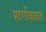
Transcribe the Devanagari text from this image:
मार्गाबाबत